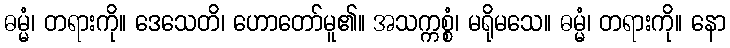
ဓမ္မံ၊ တရားကို။ ဒေသေတိ၊ ဟောတော်မူ၏။ အသက္ကစ္စံ၊ မရိုမသေ။ ဓမ္မံ၊ တရားကို။ နော